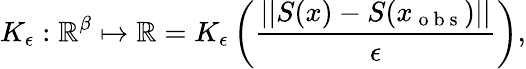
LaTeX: K_{\epsilon}:\mathbb{R}^{\beta}\mapsto\mathbb{R}=K_{\epsilon}\left(\frac{||S(x)-S(x_{\mathrm{~o~b~s~}})||}{\epsilon}\right),